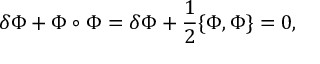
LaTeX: \delta \Phi + \Phi \circ \Phi = \delta \Phi + \frac { 1 } { 2 } \{ \Phi , \Phi \} = 0 ,